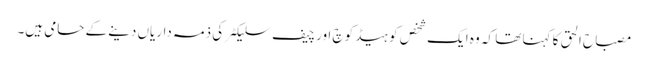
مصباح الحق کا کہنا تھا کہ وہ ایک شخص کو ہیڈ کوچ اور چیف سلیکٹر کی ذمہ داریاں دینے کے حامی ہیں۔